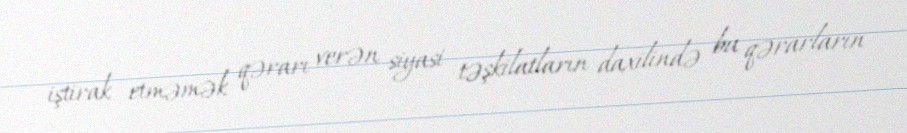
iştirak etməmək qərarı verən siyasi təşkilatların daxilində bu qərarların